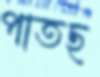
পাতছ